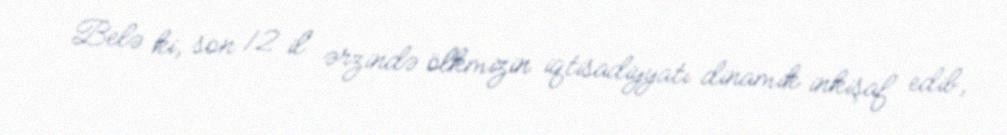
Belə ki, son 12 il ərzində ölkmizin iqtisadiyyatı dinamik inkişaf edib,